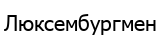
Люксембургмен